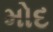
મોદ